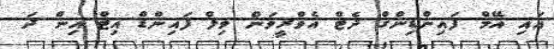
އައި އޭމް ފައިންޑިންގް ދެޓް އެވްރީވަން ވިލް ފައިންޑް އިޓް އިން ދަ